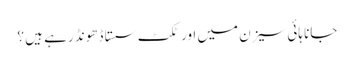
جانا ہائی سیزن میں اور ٹکٹ سستا ڈھونڈ رہے ہیں ؟